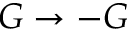
G \rightarrow - G